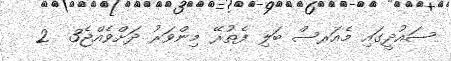
ސައުދީގައި މެއަރސް ބަލި ފެތުރޭ މިންވަރު ދަށްވެއްޖެ3  2